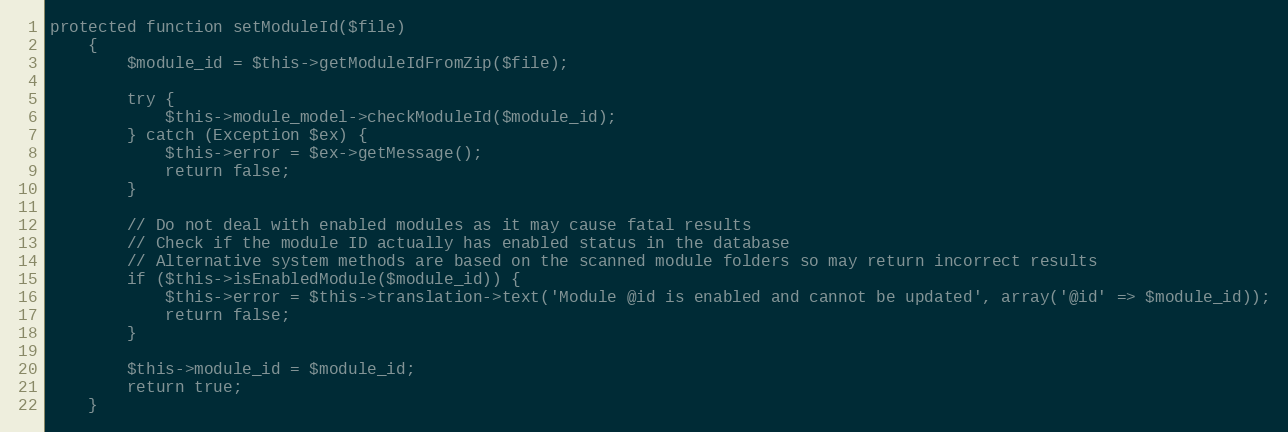
Language: PHP
protected function setModuleId($file)
    {
        $module_id = $this->getModuleIdFromZip($file);

        try {
            $this->module_model->checkModuleId($module_id);
        } catch (Exception $ex) {
            $this->error = $ex->getMessage();
            return false;
        }

        // Do not deal with enabled modules as it may cause fatal results
        // Check if the module ID actually has enabled status in the database
        // Alternative system methods are based on the scanned module folders so may return incorrect results
        if ($this->isEnabledModule($module_id)) {
            $this->error = $this->translation->text('Module @id is enabled and cannot be updated', array('@id' => $module_id));
            return false;
        }

        $this->module_id = $module_id;
        return true;
    }